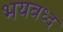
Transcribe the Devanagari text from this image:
भयबध्द